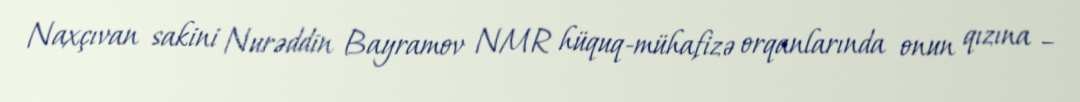
Naxçıvan sakini Nurəddin Bayramov NMR hüquq-mühafizə orqanlarında onun qızına –